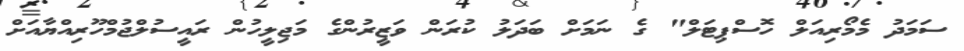
ސަމަދު މެމޯރިއަލް ހޮސްޕިޓަލް" ގެ ނަމަށް ބަދަލު ކުރަން ވަޒީރުންގެ މަޖިލީހުން ރައީސުލްޖުމްހޫރިއްޔާއަށް